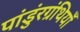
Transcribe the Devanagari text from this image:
पांडुंरग्रंथियाँ